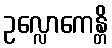
ဥလ္လောကေန္တိ